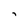
Character: i